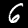
Label: 6